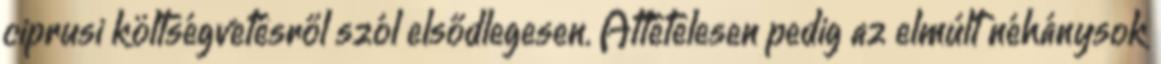
ciprusi költségvetésről szól elsődlegesen. Áttételesen pedig az elmúlt néhánysok